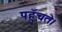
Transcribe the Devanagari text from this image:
पहुँचते।